Investigations on Bengal jail dietaries - Number 37
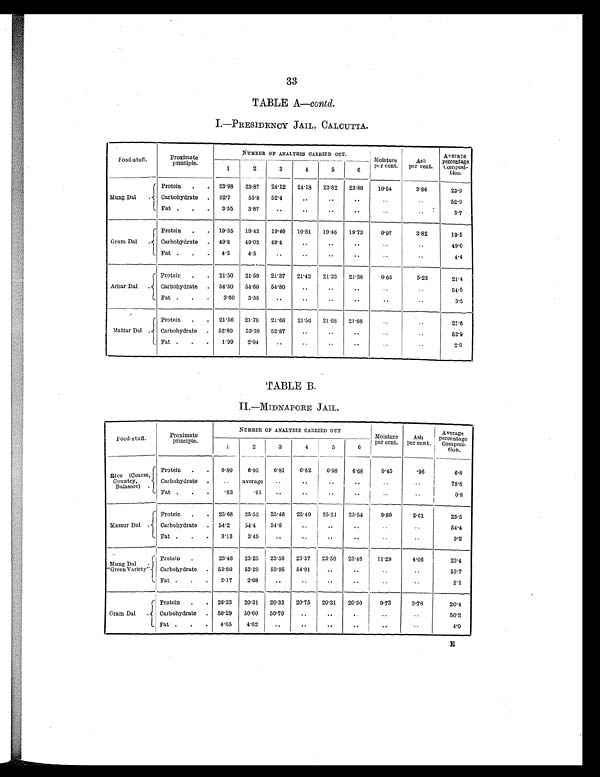
33
TABLE A—contd.
I.—PRESIDENCY JAIL, CALCUTTA.
Food-stuff.
Proximate
principle.
NUMBER OF ANALYSES CARRIED OUT.
Moisture
per cent.
Ash
per cent.
Average
percentage
Composi-
tion.
1
2
3
4
5
6
Mung Dal .
Protein .
23·98 23.87 24·12 24·18 23·82 23·88 10· 54
3·86
23·9
Carbohydrate
52·7
53·8 52·4
..
..
..
..
..
52·9
Fat . .
3·55 3·87
..
..
..
..
..
. . 3.7
Gram Dal .
Protein .
19·35 19·43 19·46 19·81 19·46 19·73
9·97
3·82
19.5
Carbohydrate
49·8 49·03 48·4
..
..
..
. .
. . 4 9 · 0
Fat . .
4·3
4·5
..
. . ..
..
..
..
4·4
Arhar Dal .
Protein .
21·50 21.59 21·37 21·43 2l·33 21·38
9·66
5·23
21·4
Carbohydrate
54·30 54·60 54·80
..
. .
. .
. .
. . 5 4 · 5
Fat . .
3·60 3·55
..
..
..
. .
..
..
3·5
Matter Dal .
Protein .
21·56 21·78 21·68 21·56 21·68 21·68
. .
. . 21·6
Carbohydrate
52·80 53·30 52·87
..
. . ..
. .
. . 52·9
Fat . .
1·99 2·04
..
..
..
..
..
..
2 · 0
TABLE B.
II.—MIDNAPORE JAIL.
Food-stuff.
Proximate
principle.
NUMBER OF ANALYSES CARRIED OUT
Moisture
per cent. Ash
per cent.
A v e r a g e
percentage
Composi-
tion.
1
2
3
4
5
6
Rice (Coarse,
Country,
Balasore) .
Protein . . 6·80 6·93 6· 81
6·62 6·98 6·68
9·45
· 9 6
6 · 8
Carbohydrate . .. average ..
. .
. .
. . ..
..
7 8 · 8
Fat . . . ·83
·91
. .
. .
. .
. . ..
. .
0· 8
Massur Dal .
Protein . . 25·68 25·52 25·46 25·49 25·51 25·54
9·80
2· 61
2 5 · 5
Carbohydrate . 54·2 54·4 5 4 · 6
. .
. . ..
..
. . 54·4
Fat . . . 3·13 3·4
. .
. .
. .
. . ..
. .
3·2
M u n g D a l
"Green Variety"
Protein .
23·46 23·25 23·56 23·37 23·50 23·46 11·29
4·06
2 3 · 4
Carbohydrate . 53·80 53·20 53·95 54· 01
. .
. . ..
..
53·7
Fat . . . 2·17 2·08
..
..
..
. . ..
. .
2·1
Gram Dal ..
Protein . . 20·23 20·31 20·33 20·75 20·31 20·50
9·73
3·78
20·4
Carbohydrate . 50·29 50·00 50·70
. . ..
..
..
..
50·2
Fat . . .
4·05 4·02
. .
..
. .
. . ..
. .
4·0
E